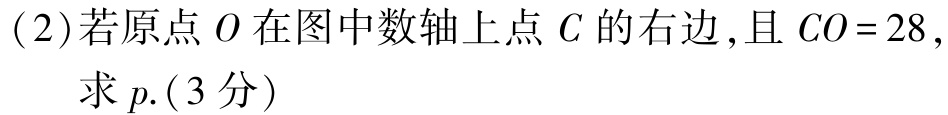
(2)若原点\(O\)在图中数轴上点\(C\)的右边,且\(CO = 28\),

求\(p\).(3分)